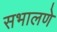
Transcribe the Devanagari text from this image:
सभालणे